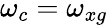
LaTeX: \omega_{c}=\omega_{xg}